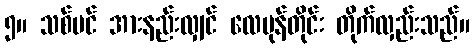
၅။ သစ်ပင် အားနည်းလျှင် လေမုန်တိုင်း တိုက်လှည်းသည်။